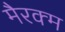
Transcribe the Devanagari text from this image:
मैरक्म